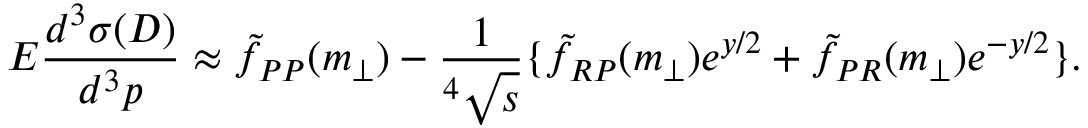
E \frac { d ^ { 3 } \sigma ( D ) } { d ^ { 3 } p } \approx \tilde { f } _ { \cal P P } ( m _ { \bot } ) - \frac { 1 } { ^ 4 \sqrt { s } } \{ \tilde { f } _ { \cal R P } ( m _ { \bot } ) e ^ { y / 2 } + \tilde { f } _ { \cal P R } ( m _ { \bot } ) e ^ { - y / 2 } \} .